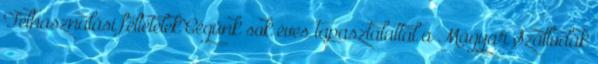
Felhasználási feltételek Cégünk sok éves tapasztalattal a Magyar Szállodák